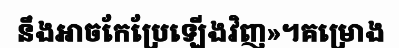
នឹងអាចកែប្រែឡើងវិញ»។គម្រោង